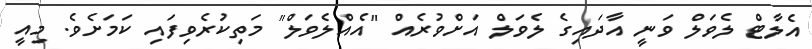
އެލާޓް ލެވަލް ވަނީ އާދައިގެ ލެވަލް އަށްވުރެއް "އެއްލެވަލް" މަތިކުރެވިފައި ކަމަށެވެ. މިއީ